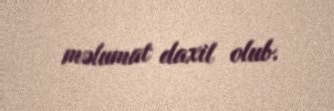
məlumat daxil olub.